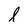
Character: l